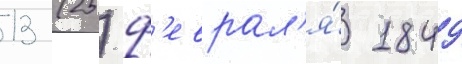
13 (25) ф'еврал'я́ 1849